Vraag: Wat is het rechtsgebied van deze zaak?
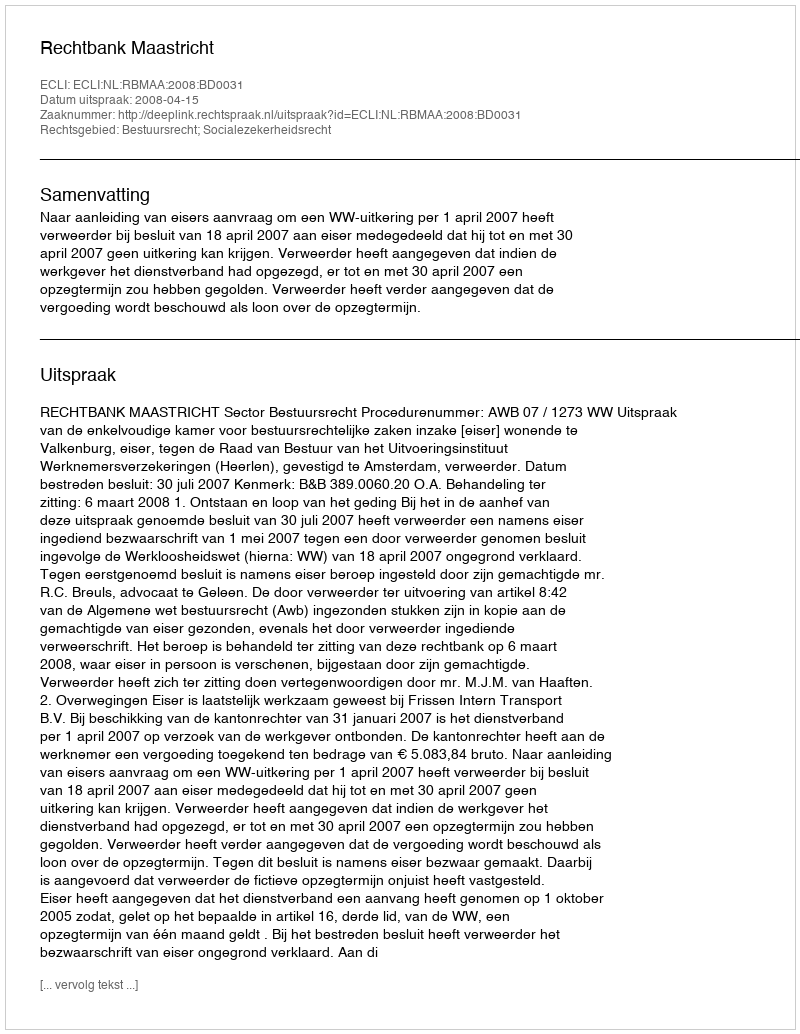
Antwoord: Bestuursrecht; Socialezekerheidsrecht